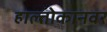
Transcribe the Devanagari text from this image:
हाल्तोकानवर